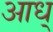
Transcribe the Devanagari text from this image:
आध्